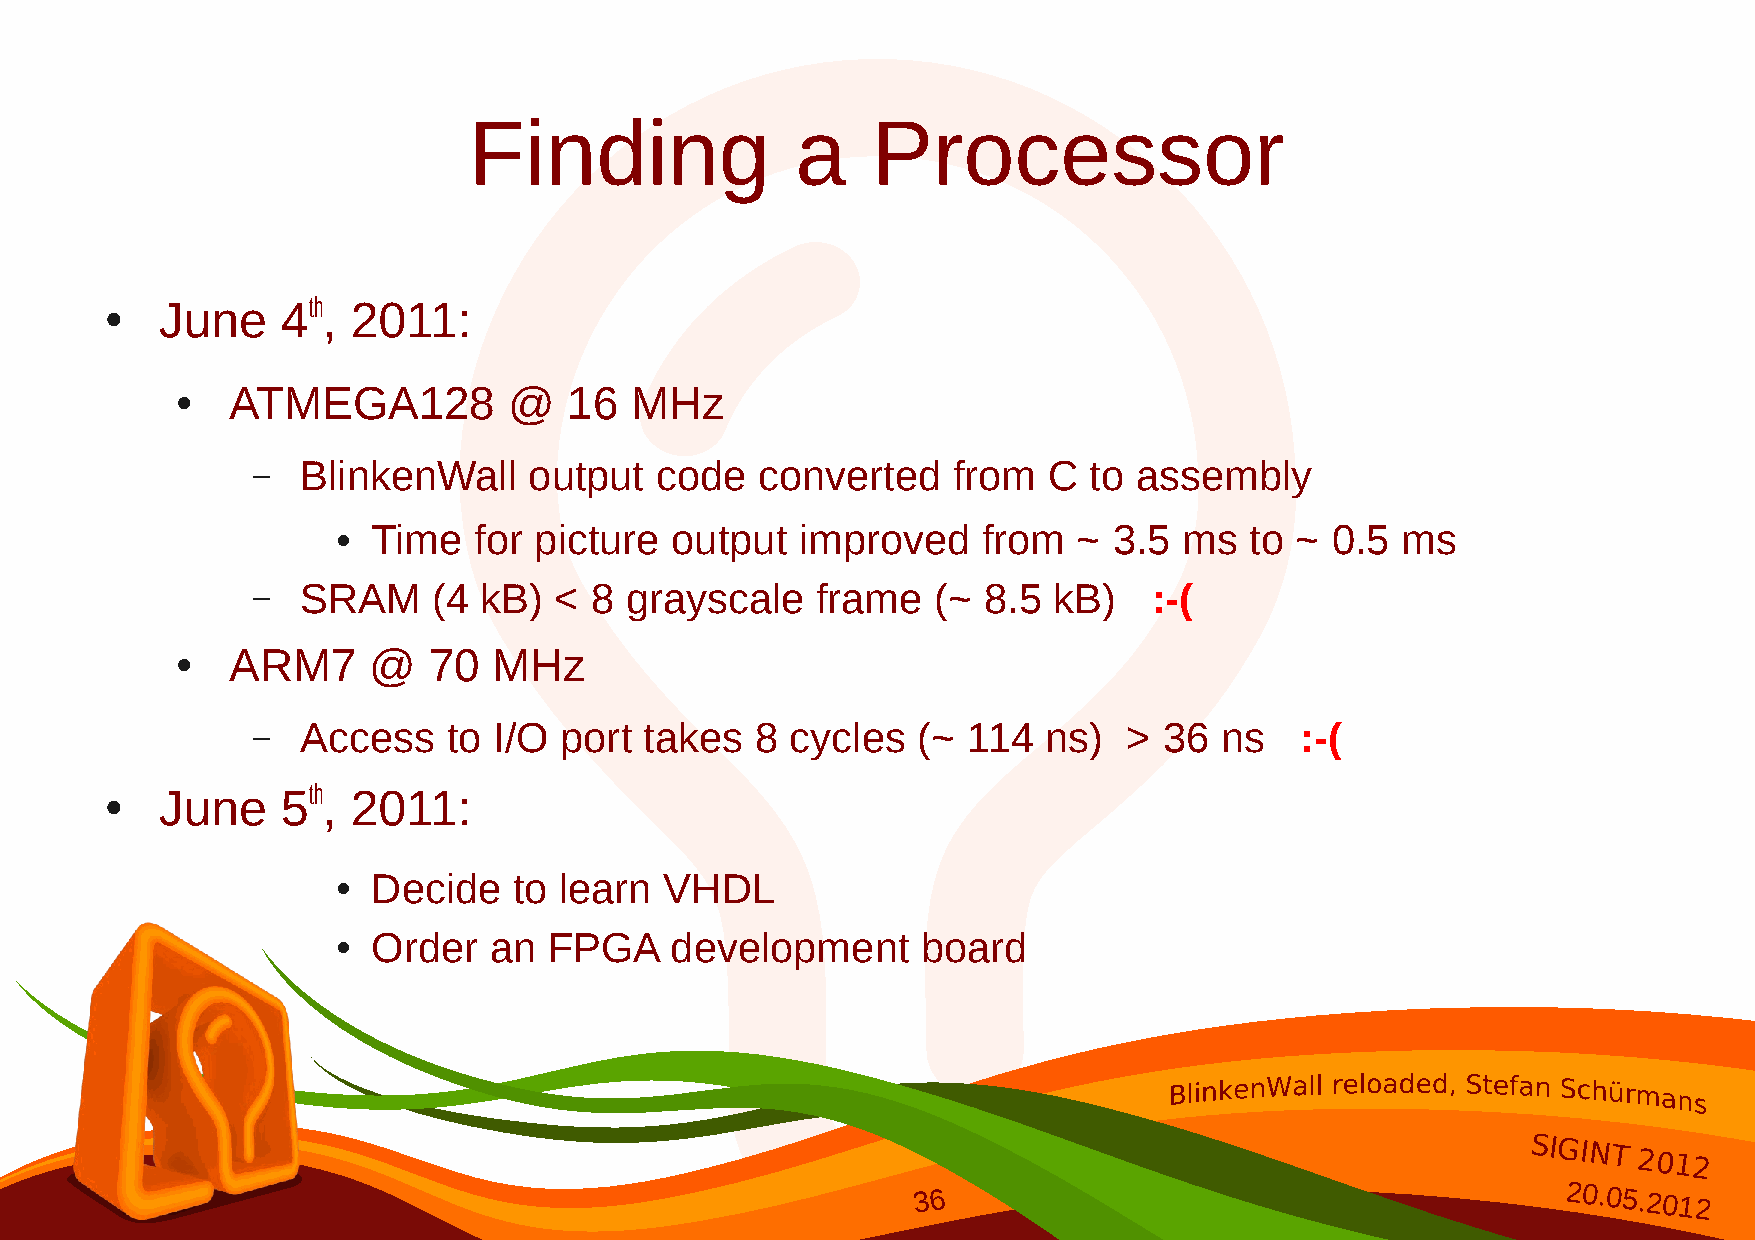
Finding               a    Processor
 June     4th, 2011:
 ●
 ATMEGA128          @   16  MHz
 ●
 –  BlinkenWall    output  code   converted    from  C  to assembly
 Time  for picture  output   improved    from  ~  3.5 ms   to ~ 0.5  ms
 ●
 –  SRAM     (4 kB)  < 8 grayscale    frame   (~ 8.5  kB)   :-(
 ARM7     @   70   MHz
 ●
 –  Access    to I/O port  takes  8 cycles   (~ 114  ns)   > 36  ns   :-(
 June     5th, 2011:
 ●
 Decide   to learn  VHDL
 ●
 Order  an  FPGA    development      board
 ●
 SIGINT
 2012
 36                                        20.05.2012